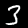
Digit: 3